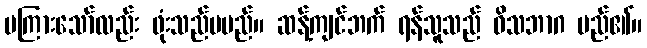
မကြားသော်လည်း ဖုံးသည်မမည်။ ဆန့်ကျင်ဘက် ရန်သူသည် ဝိသဘာဂ မည်၏။